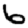
Digit: 6